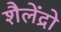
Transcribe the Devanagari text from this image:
शैलेंद्रो